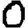
Digit: 0